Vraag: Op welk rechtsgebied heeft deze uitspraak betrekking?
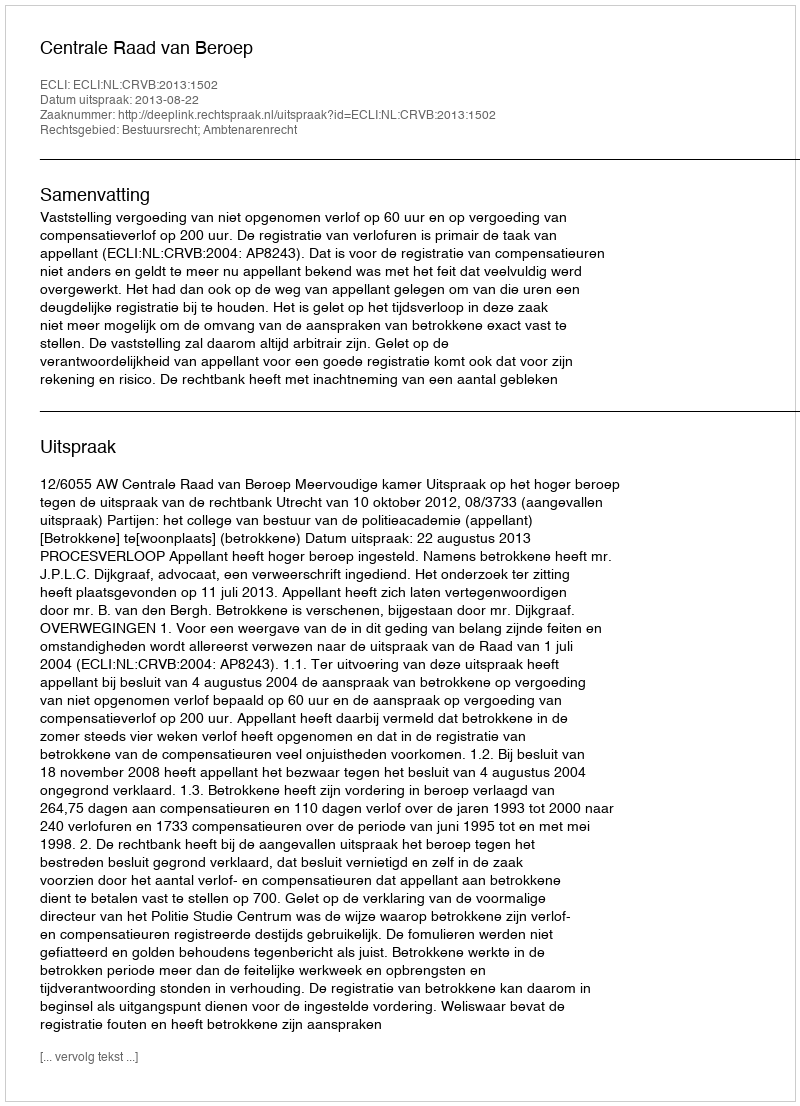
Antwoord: Bestuursrecht; Ambtenarenrecht